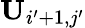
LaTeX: \mathbf{U}_{i^{\prime}+1,j^{\prime}}